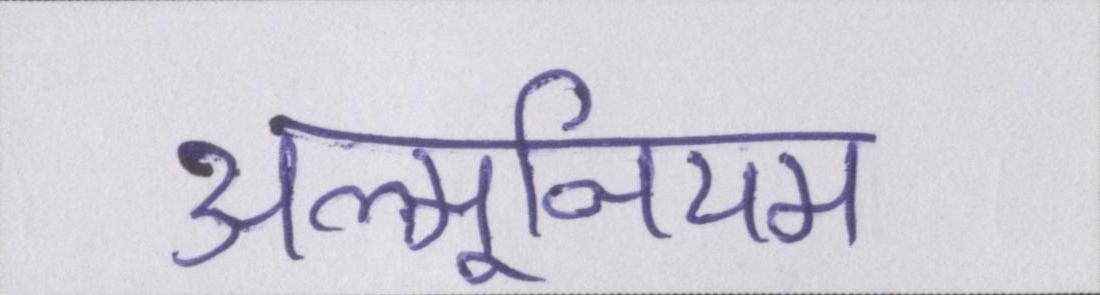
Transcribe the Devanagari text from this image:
अल्मूनियम